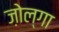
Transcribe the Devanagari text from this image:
ज़ोल्गा